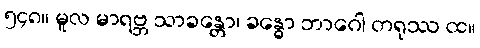
၅၄၈။ မူလ မာရဗ္ဘ သာခန္တော၊ ခန္ဓော ဘာဂေါ တရုဿ ထ။